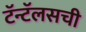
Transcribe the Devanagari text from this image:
टॅन्टॅलसची